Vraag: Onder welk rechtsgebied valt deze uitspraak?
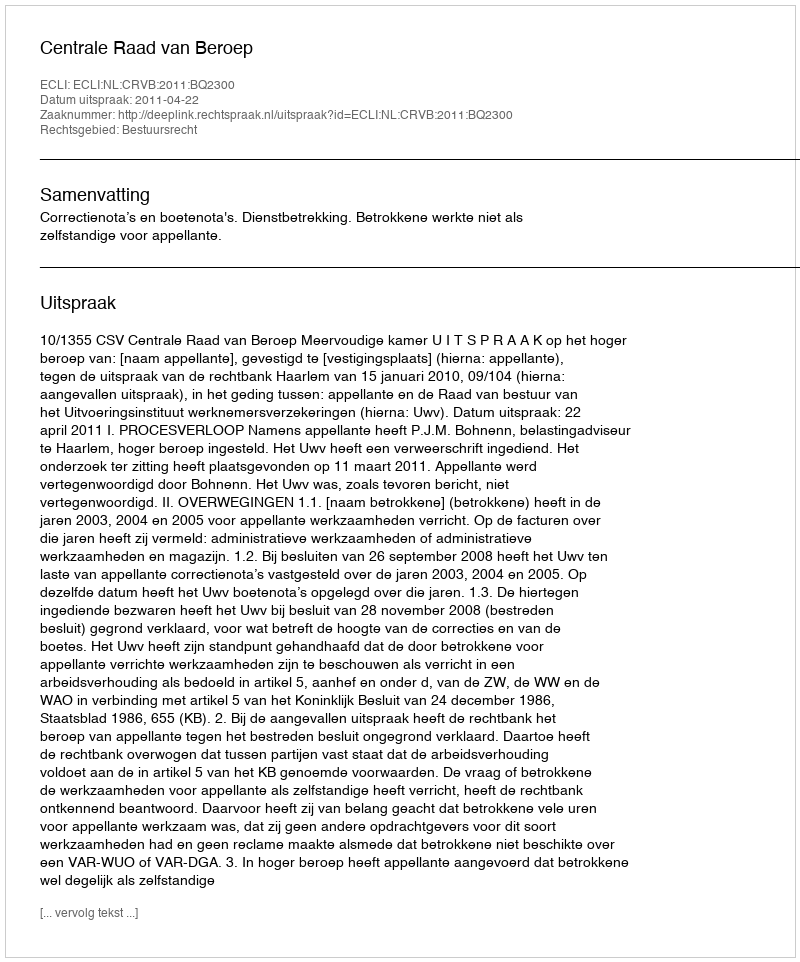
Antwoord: Bestuursrecht